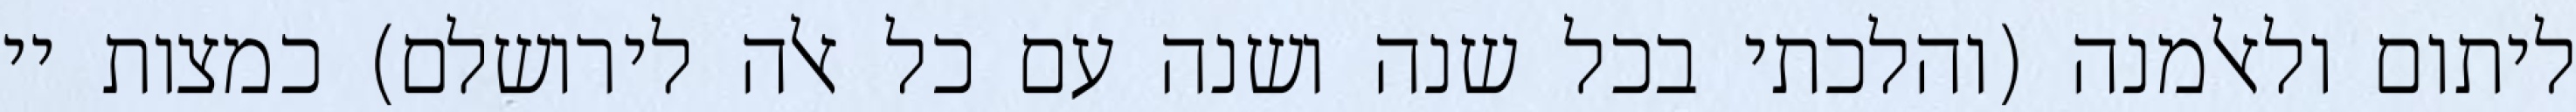
ליתום ולאלמנה (והלכתי בכל שנה ושנה עם כל אלה לירושלם) כמצות יי